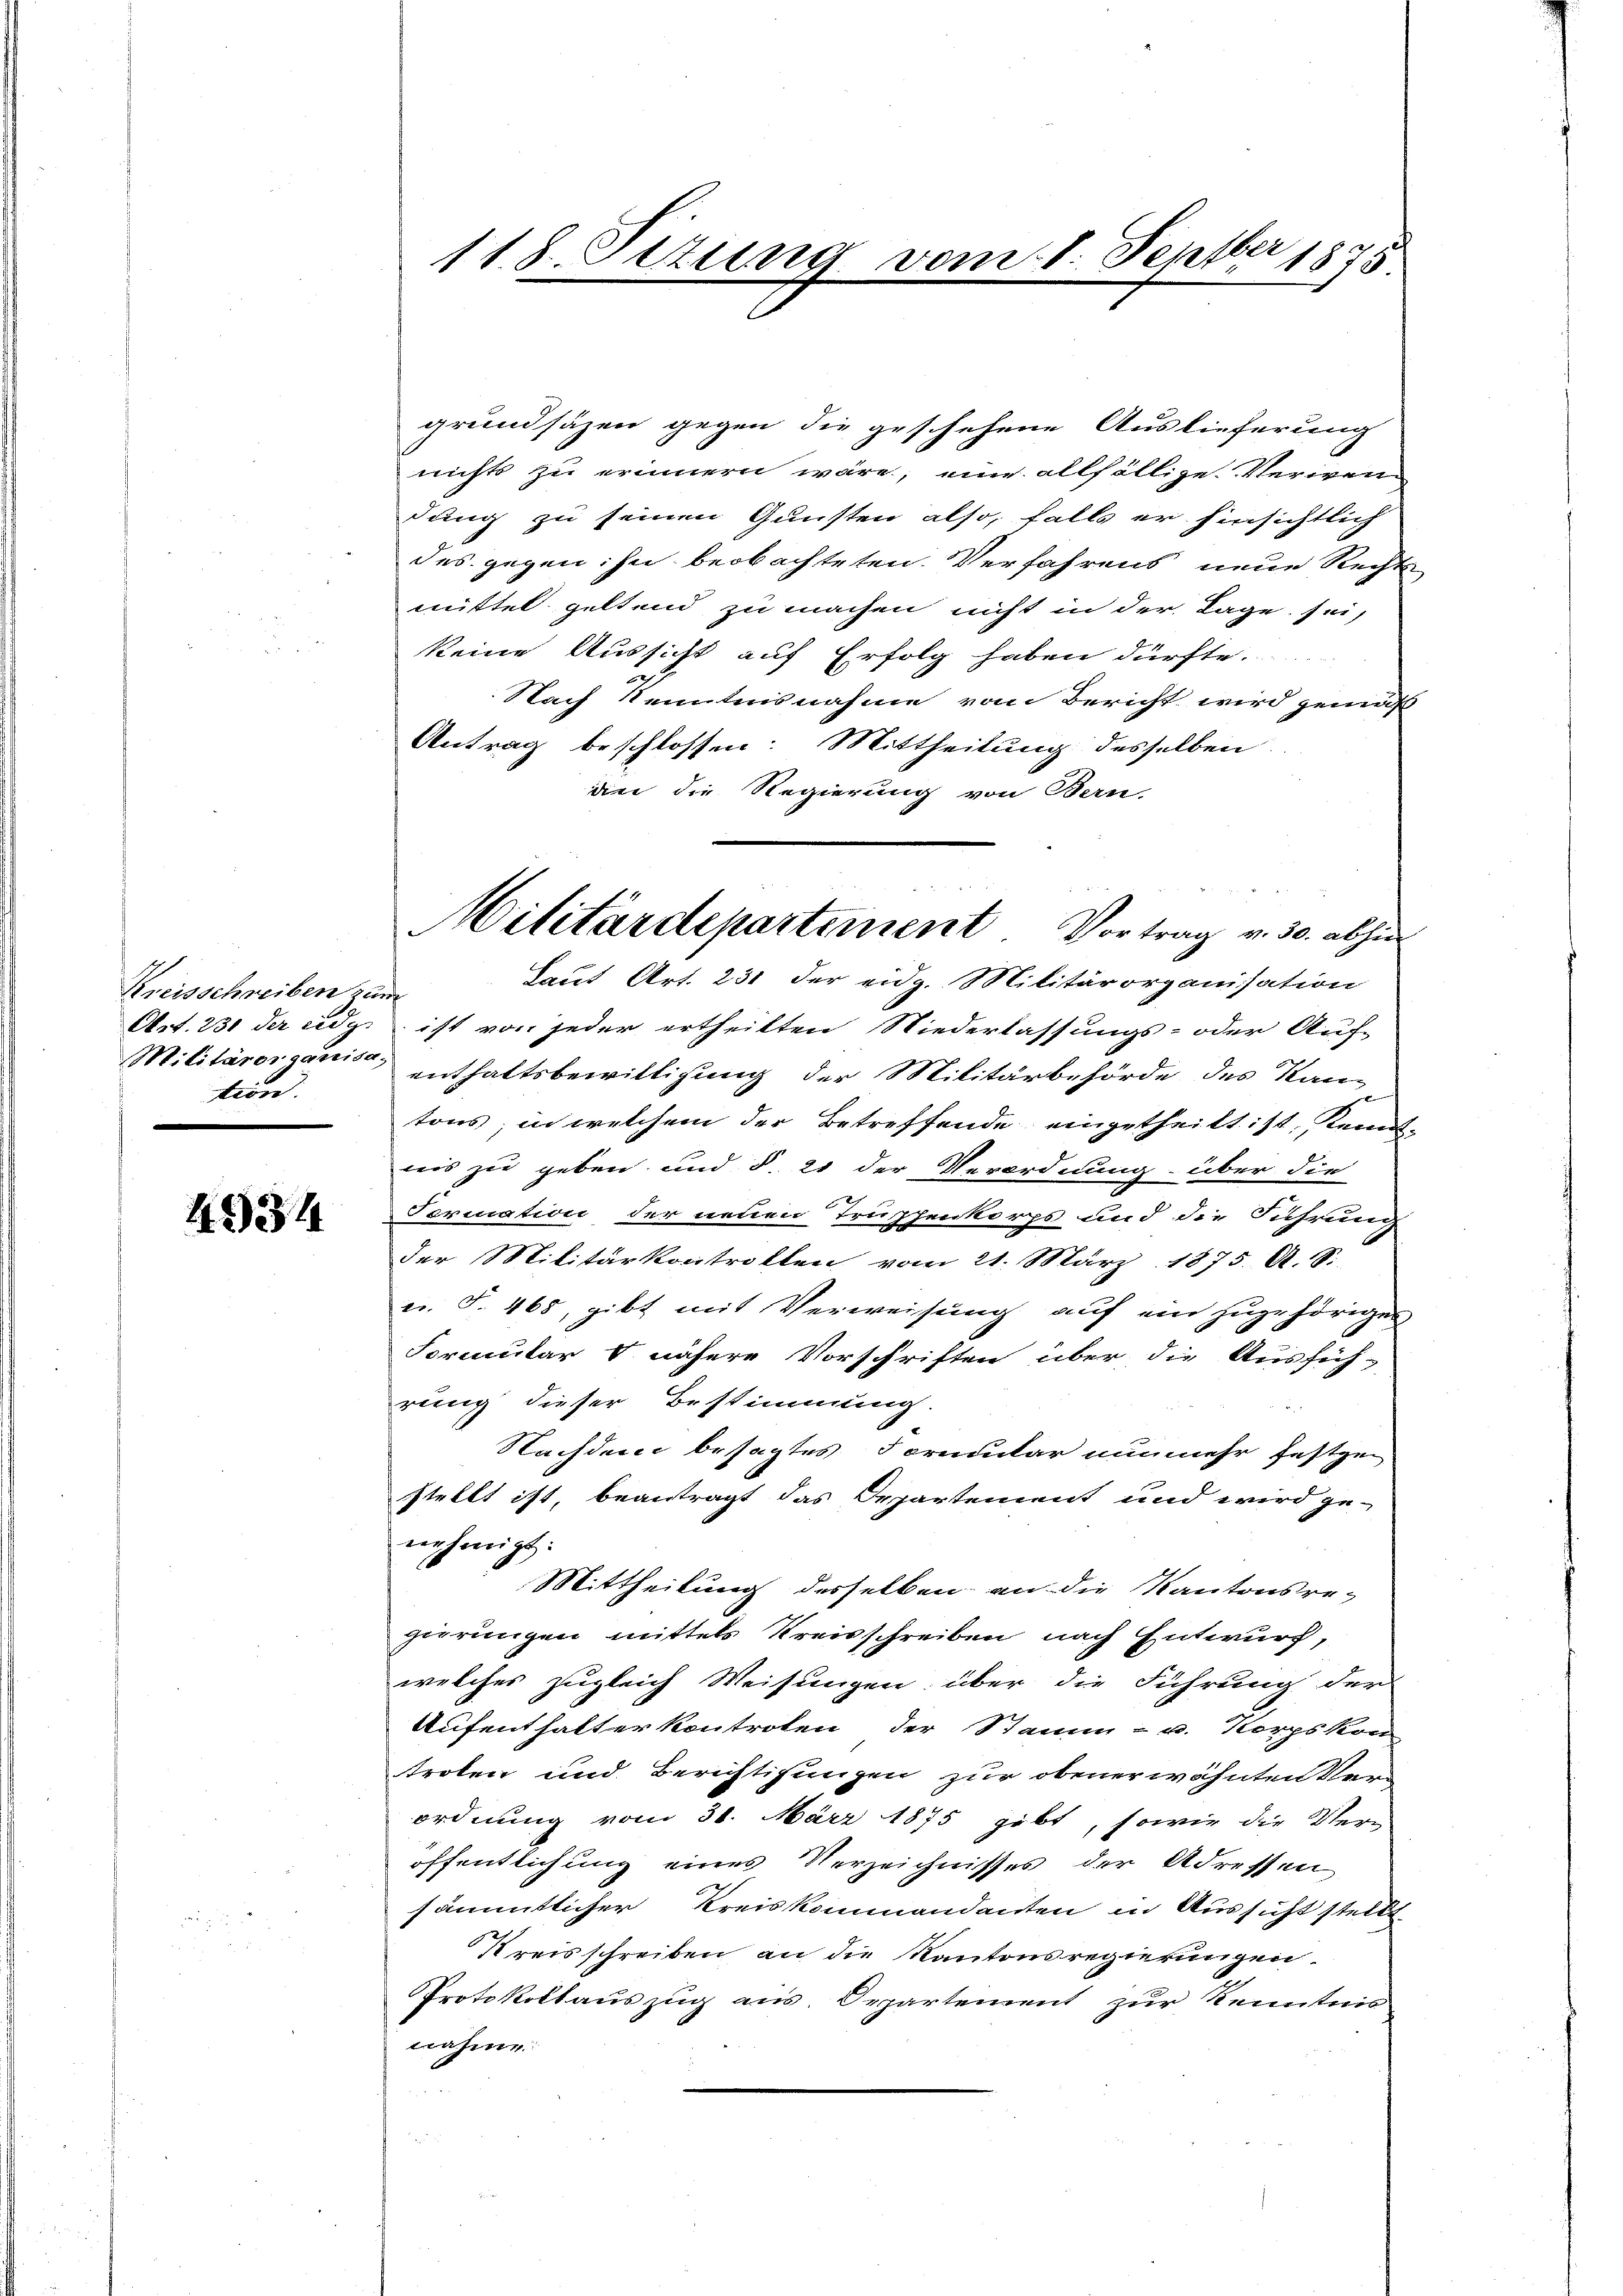
Kreisschreiben zum
Militärorganisa-
tion.

4334

grundsäzen gegen die geschehene Auslieferung
nichts zu erinnern wäre, eine allfällige Veriren
dung zu seinen Gunsten also, falls er hinsichtlich
des gegen: In beobachteten. Verfahrens neue Rechts-
mittel geltend zu machen nicht in der Lage sei,
keine Aussicht auf Erfolg haben dürfte.
Nach Kenntnisnahme vom Bericht wird gemäß
Antrag beschlossen: Mittheilung desselben
die die Regierung von Bern,
Laut Art. 231 der eidg. Militärorganisation
Art. 231 der eidg. ist von jeder ertheilten Niederlassungs- oder Auf-
enthaltsbewilligung der Militärbehörde des Kan-
tons; in welchem der Betreffende eingetheilt ist, Kennt-
leis zu geben und §. 21 der Verordnung über die
Formation der neuen Truppenkorps und die Führung
der Militärkontrotten vom 21. März 1875. A. S.
u. S. 468, gibt mit Verweisung auf ein zugehörigen
Formular d nähere Vorschriften über die Ausfüh-
rung dieser Bestimmung.
Nachdem besagtes Formular nunmehr festgen
stellt ist, beantragt das Departement und wird ge-
nehmigt:
Mittheilung desselben an die Kantonsreg
gierungen mittels Kreisschreiben nach Entwurf,
welches zugleich Weisungen über die Führung der
Aufenthalter kontroten der Stamm- u. Korpskom
troten und Berichtigungen zur obenerwähnten Verordnung vom 31. März 1875 gibt, sowie die Ver-
öffentlichung eines Verzeichnisses der Adressen
sämmtlicher Kreiskommandanten in Aussicht stellt.
Kreisschreiben an die Kantonsregierungen.
Protokollauszug aus. Departement zur Kennten
nahme
d

118. Sizung vom 8. Septbr 1875

Militärdepartement Vortrag v. 30. abhin